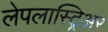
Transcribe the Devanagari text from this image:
लेपलास्ट्रिअर